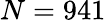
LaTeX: N=941